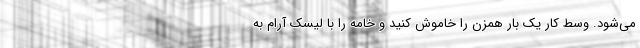
می‌شود. وسط کار یک بار همزن را خاموش کنید و خامه را با لیسک آرام به